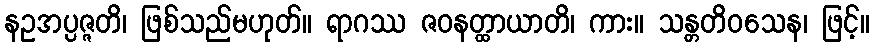
နဥအပ္ပဇ္ဇတိ၊ ဖြစ်သည်မဟုတ်။ ရာဂဿ ဇဝနတ္ထာယာတိ၊ ကား။ သန္တတိဝသေန၊ ဖြင့်။